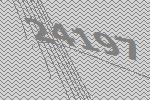
24197